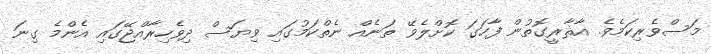
މަސްވެރިކަމެވެ. އާޘާރީގޮތުން ފާހަގަ ކޮށްލެވޭ ތަނެއް ނެތްކަމުގައި ވިޔަސް ދިވެހިރާއްޖޭގައި އެންމެ ގިނަ